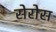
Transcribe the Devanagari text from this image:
सेरोस